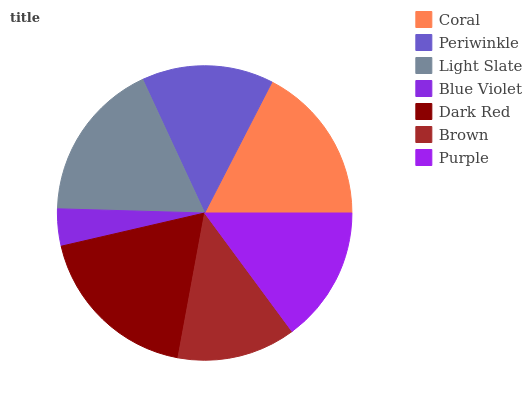
| Coral | Periwinkle | Light Slate | Blue Violet | Dark Red | Brown | Purple |
 | --- | --- | --- | --- | --- | --- | --- |
 | 17.5% | 14.5% | 17.7% | 4.06% | 18.5% | 13% | 14.9% |